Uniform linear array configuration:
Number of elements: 12
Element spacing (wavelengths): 0.25
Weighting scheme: kaiser
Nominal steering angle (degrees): -15
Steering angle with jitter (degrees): -14.204
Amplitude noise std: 0.05
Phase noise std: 0.05

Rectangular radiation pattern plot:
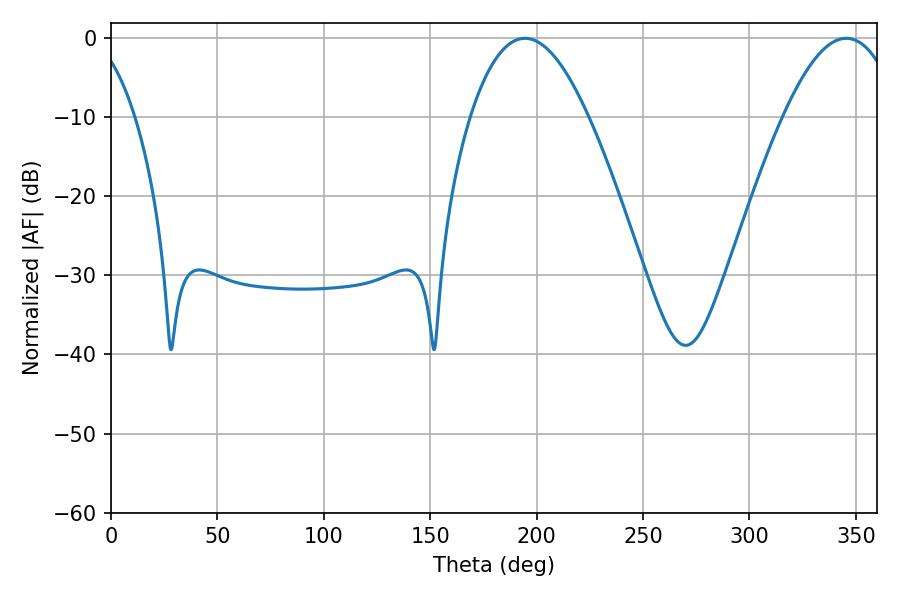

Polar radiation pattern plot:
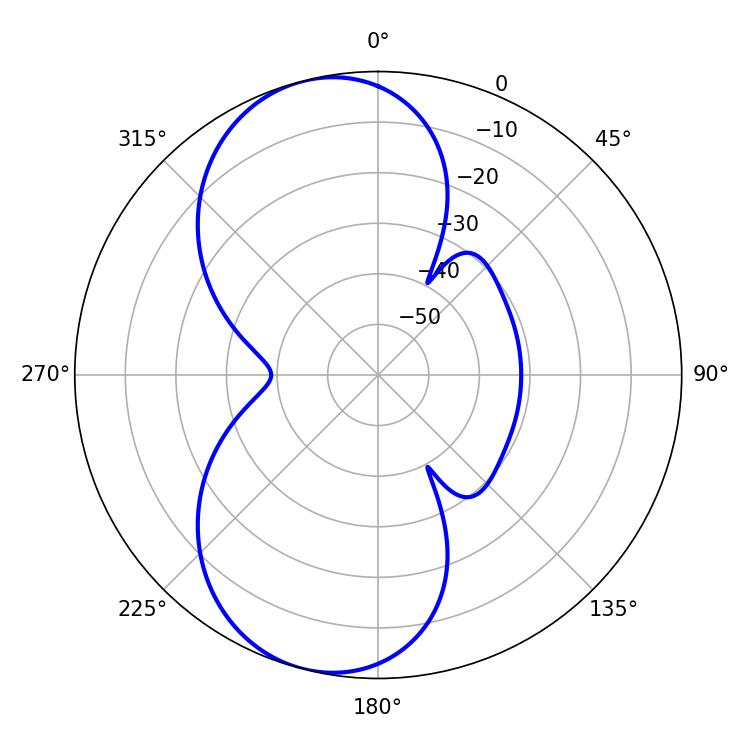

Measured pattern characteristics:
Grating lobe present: FALSE
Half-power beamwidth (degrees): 30.42
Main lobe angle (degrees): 194.58